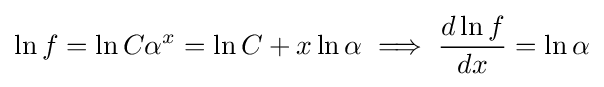
\ln {f}=\ln {C\alpha ^{x}}=\ln {C}+x\ln {\alpha }\implies {\frac {d\ln {f}}{dx}}=\ln {\alpha }